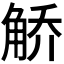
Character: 𫌯